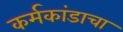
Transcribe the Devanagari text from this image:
कर्मकांडाचा